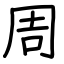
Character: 周